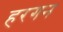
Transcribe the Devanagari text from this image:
हरगन